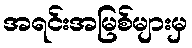
အရင်းအမြစ်များမှ